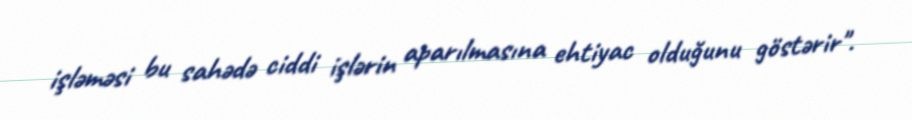
işləməsi bu sahədə ciddi işlərin aparılmasına ehtiyac olduğunu göstərir".